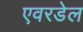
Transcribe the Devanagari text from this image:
एवरडेल